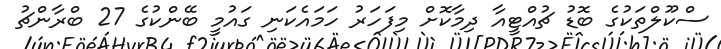
ސްކޫލްތަކުގެ ބޮޑު ޗުއްޓީއާ ދިމާކޮށް މިފަހަރު ހަމައެކަނި ގައުމީ ބޭންކުގެ 27 ބްރާންޗު